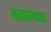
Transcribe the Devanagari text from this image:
क्वास्लवाह